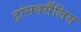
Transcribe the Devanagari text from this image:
ट्रांसवर्सैलिस